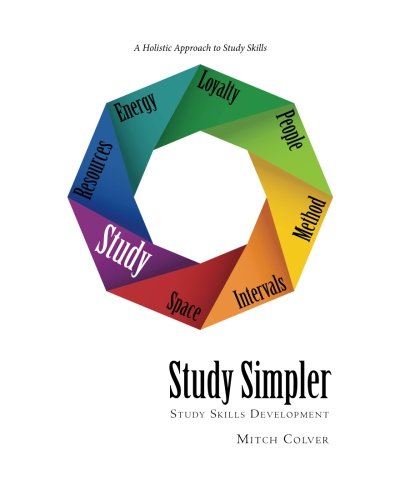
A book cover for Study Simpler: Study Skills Development; Mitch Colver; Education & Teaching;